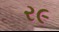
ર૯